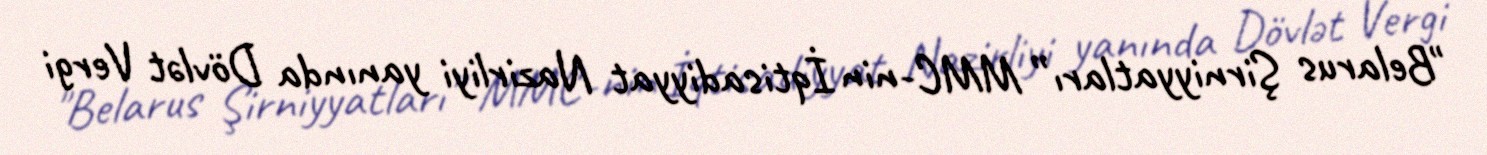
"Belarus Şirniyyatları” MMC-nin İqtisadiyyat Nazirliyi yanında Dövlət Vergi